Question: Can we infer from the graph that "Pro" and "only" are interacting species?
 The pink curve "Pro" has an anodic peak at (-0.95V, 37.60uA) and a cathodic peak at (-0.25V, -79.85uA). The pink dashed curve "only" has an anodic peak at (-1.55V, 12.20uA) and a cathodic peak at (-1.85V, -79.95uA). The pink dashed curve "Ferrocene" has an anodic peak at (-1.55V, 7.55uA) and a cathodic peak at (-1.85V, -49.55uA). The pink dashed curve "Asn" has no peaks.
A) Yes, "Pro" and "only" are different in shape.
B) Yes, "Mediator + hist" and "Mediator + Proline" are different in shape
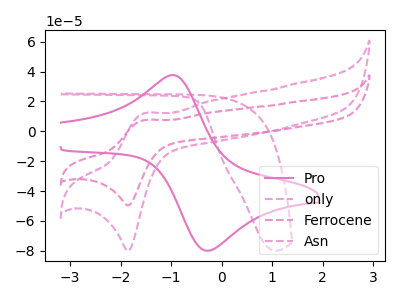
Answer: <think>"Pro" and "only" have at least one peak that do not match.
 </think>
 <answer>A) Yes, "Pro" and "only" are different in shape.</answer>
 <eval>A</eval>